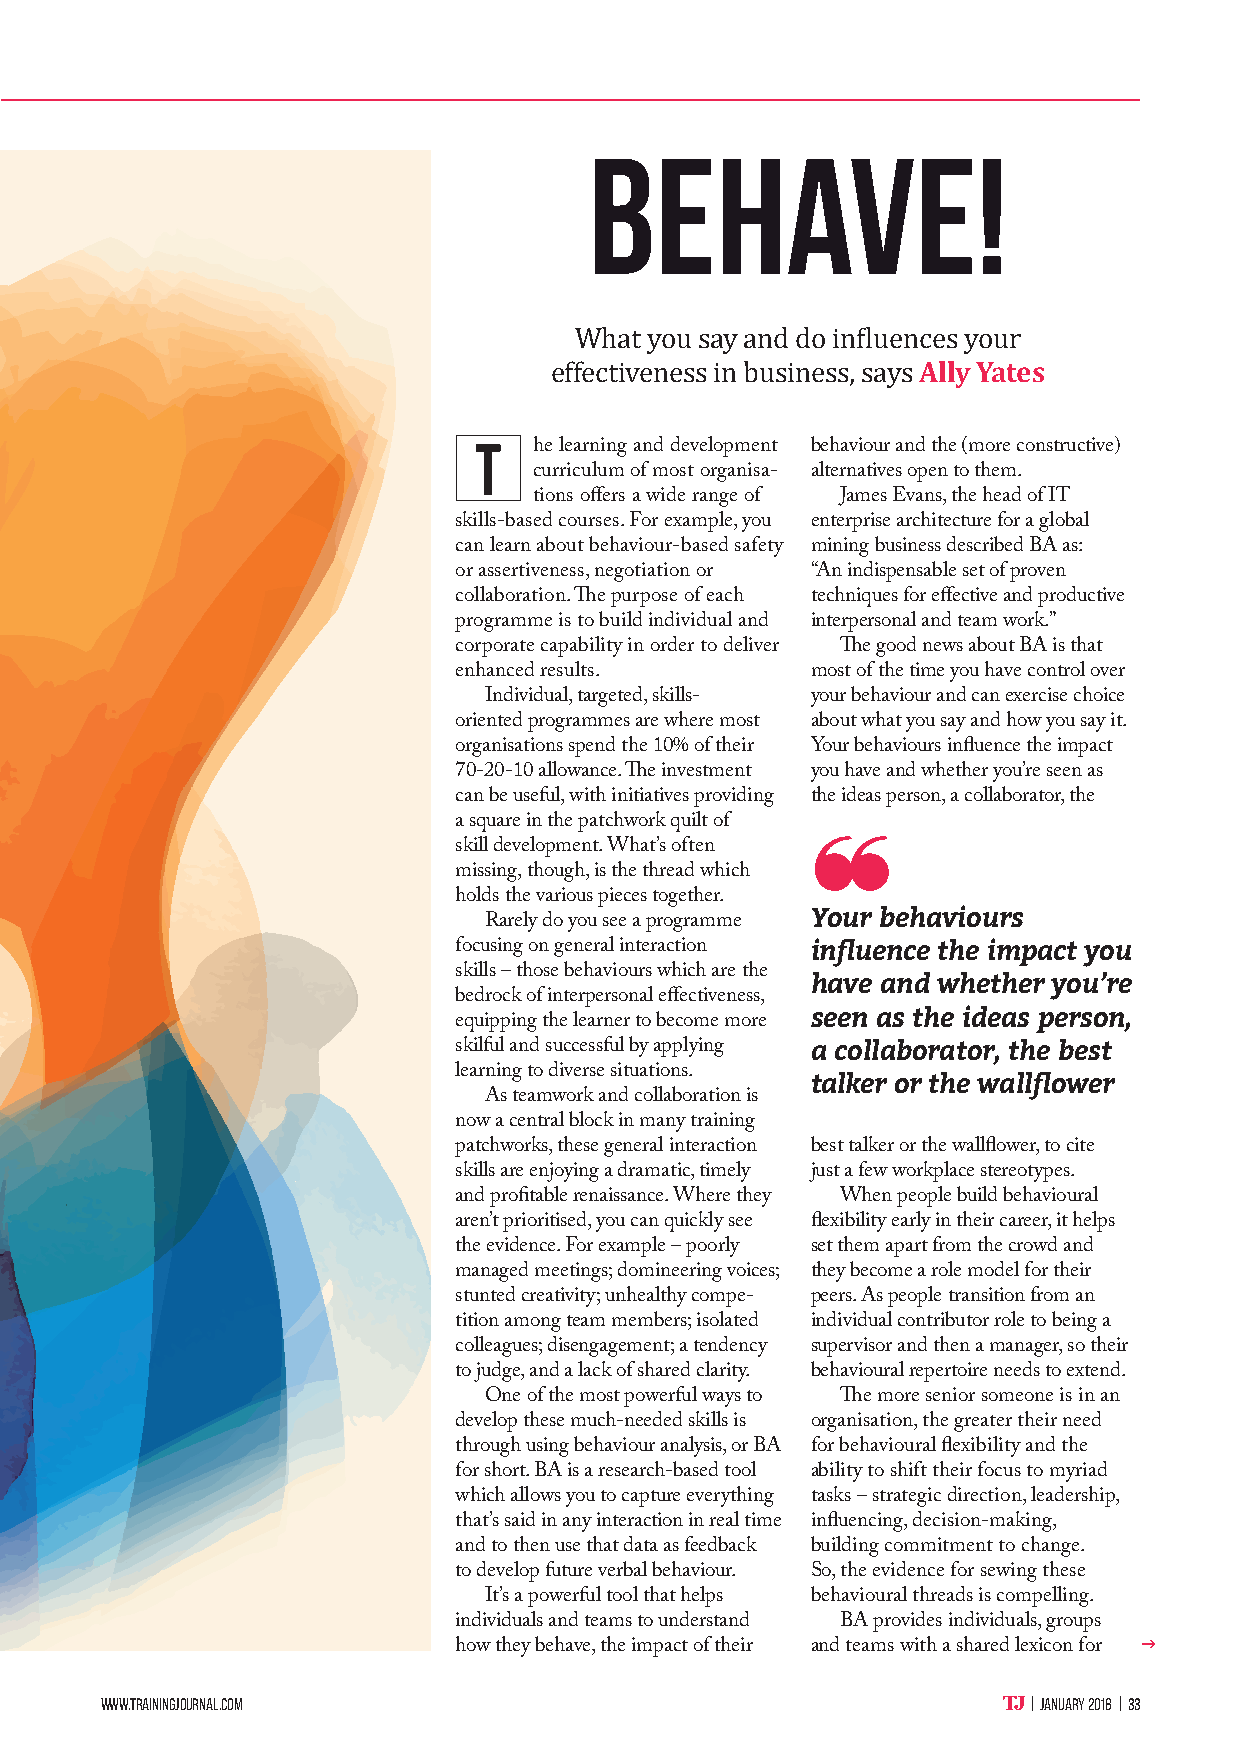
Behave!
 Ally Yates
 What you say and do influences your
 effectiveness in business, says
 T
 he learning and development behaviour and the (more constructive)
 curriculum of most organisa- alternatives open to them.
 tions offers a wide range of James Evans, the head of IT
 skills-based courses. For example, you enterprise architecture for a global
 can learn about behaviour-based safety mining business described BA as:
 or assertiveness, negotiation or “An indispensable set of proven
 collaboration. The purpose of each techniques for effective and productive
 programme is to build individual and interpersonal and team work.”
 corporate capability in order to deliver The good news about BA is that
 enhanced results.       most of the time you have control over
 Individual, targeted, skills- your behaviour and can exercise choice
 oriented programmes are where most about what you say and how you say it.
 organisations spend the 10% of their Your behaviours influence the impact
 70-20-10 allowance. The investment you have and whether you’re seen as
 can be useful, with initiatives providing the ideas person, a collaborator, the
 a square in the patchwork quilt of ❝
 skill development. What’s often
 missing, though, is the thread which
 holds the various pieces together.
 Your behaviours
 Rarely do you see a programme
 focusing on general interaction influence the impact you
 skills – those behaviours which are the have and whether you’re
 bedrock of interpersonal effectiveness,
 seen as the ideas person,
 equipping the learner to become more
 skilful and successful by applying a collaborator, the best
 learning to diverse situations. talker or the wallflower
 As teamwork and collaboration is
 now a central block in many training
 patchworks, these general interaction best talker or the wallflower, to cite
 skills are enjoying a dramatic, timely just a few workplace stereotypes.
 and profitable renaissance. Where they When people build behavioural
 aren’t prioritised, you can quickly see flexibility early in their career, it helps
 the evidence. For example – poorly set them apart from the crowd and
 managed meetings; domineering voices; they become a role model for their
 stunted creativity; unhealthy compe- peers. As people transition from an
 tition among team members; isolated individual contributor role to being a
 colleagues; disengagement; a tendency supervisor and then a manager, so their
 to judge, and a lack of shared clarity. behavioural repertoire needs to extend.
 One of the most powerful ways to The more senior someone is in an
 develop these much-needed skills is organisation, the greater their need
 through using behaviour analysis, or BA for behavioural flexibility and the
 for short. BA is a research-based tool ability to shift their focus to myriad
 which allows you to capture everything tasks – strategic direction, leadership,
 that’s said in any interaction in real time influencing, decision-making,
 and to then use that data as feedback building commitment to change.
 to develop future verbal behaviour. So, the evidence for sewing these
 It’s a powerful tool that helps behavioural threads is compelling.
 individuals and teams to understand BA provides individuals, groups
 
 how they behave, the impact of their and teams with a shared lexicon for
 www.trainingjournal.com                                      | January 2018 | 33
 32-35 TJ Yates SUBBED.indd 33                                           19/12/2017 15:05:04